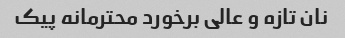
نان تازه و عالی برخورد محترمانه پیک